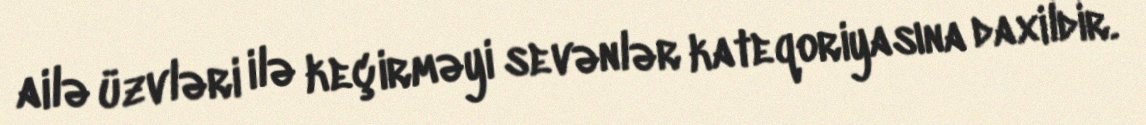
ailə üzvləri ilə keçirməyi sevənlər kateqoriyasına daxildir.